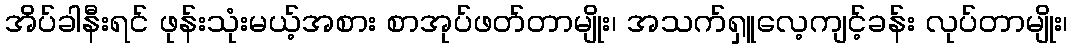
အိပ်ခါနီးရင် ဖုန်းသုံးမယ့်အစား စာအုပ်ဖတ်တာမျိုး၊ အသက်ရှူလေ့ကျင့်ခန်း လုပ်တာမျိုး၊